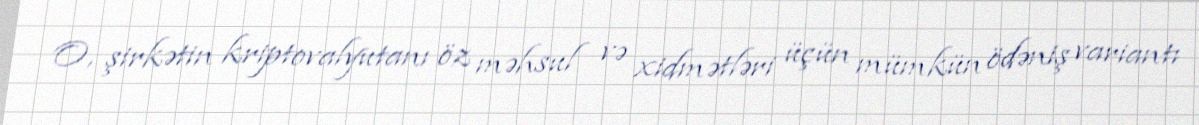
O, şirkətin kriptovalyutanı öz məhsul və xidmətləri üçün mümkün ödəniş variantı